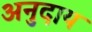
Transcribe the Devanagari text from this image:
अनुदाय